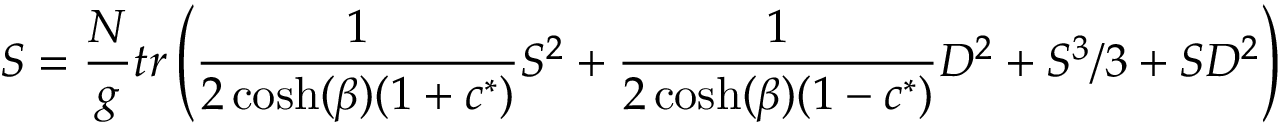
S = { \frac { N } { g } } t r \left( { \frac { 1 } { 2 \cosh ( \beta ) ( 1 + c ^ { * } ) } } S ^ { 2 } + { \frac { 1 } { 2 \cosh ( \beta ) ( 1 - c ^ { * } ) } } D ^ { 2 } + S ^ { 3 } / 3 + S D ^ { 2 } \right)